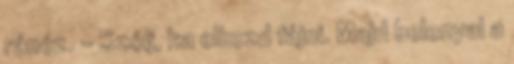
ránéz. - Szólj, ha elkezd fájni. Majd belenyal a